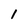
Character: 1